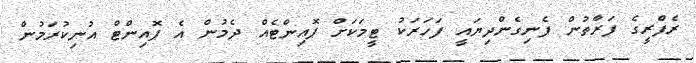
ރެފްރީގެ ފަރާތުން ފެނިގެންދިޔައީ ފަހަރަކު ޓީމަކަށް ޕޮއިންޓެއް ދެމުން އެ ޕޮއިންޓް އުނިކުރަމުން